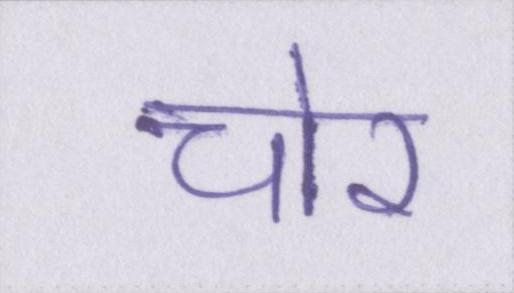
चोर